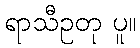
ရာသီဥတု ပူ။